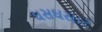
ઘસઘસાટ